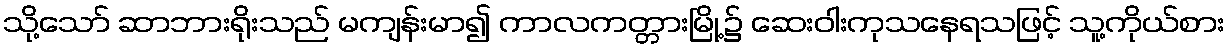
သို့သော် ဆာဘားရိုးသည် မကျန်းမာ၍ ကာလကတ္တားမြို့၌ ဆေးဝါးကုသနေရသဖြင့် သူ့ကိုယ်စား